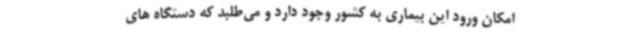
امکان ورود این بیماری به کشور وجود دارد و می‌طلبد که دستگاه ‌های